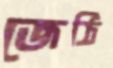
জেঠি